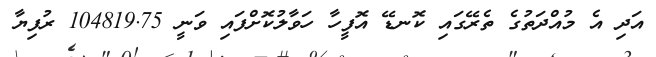
އަދި އެ މުއްދަތުގެ ތެރޭގައި ކޮނޑޭ އޮފީހާ ހަވާލުކޮށްފައި ވަނީ 104819.75 ރުފިޔާ